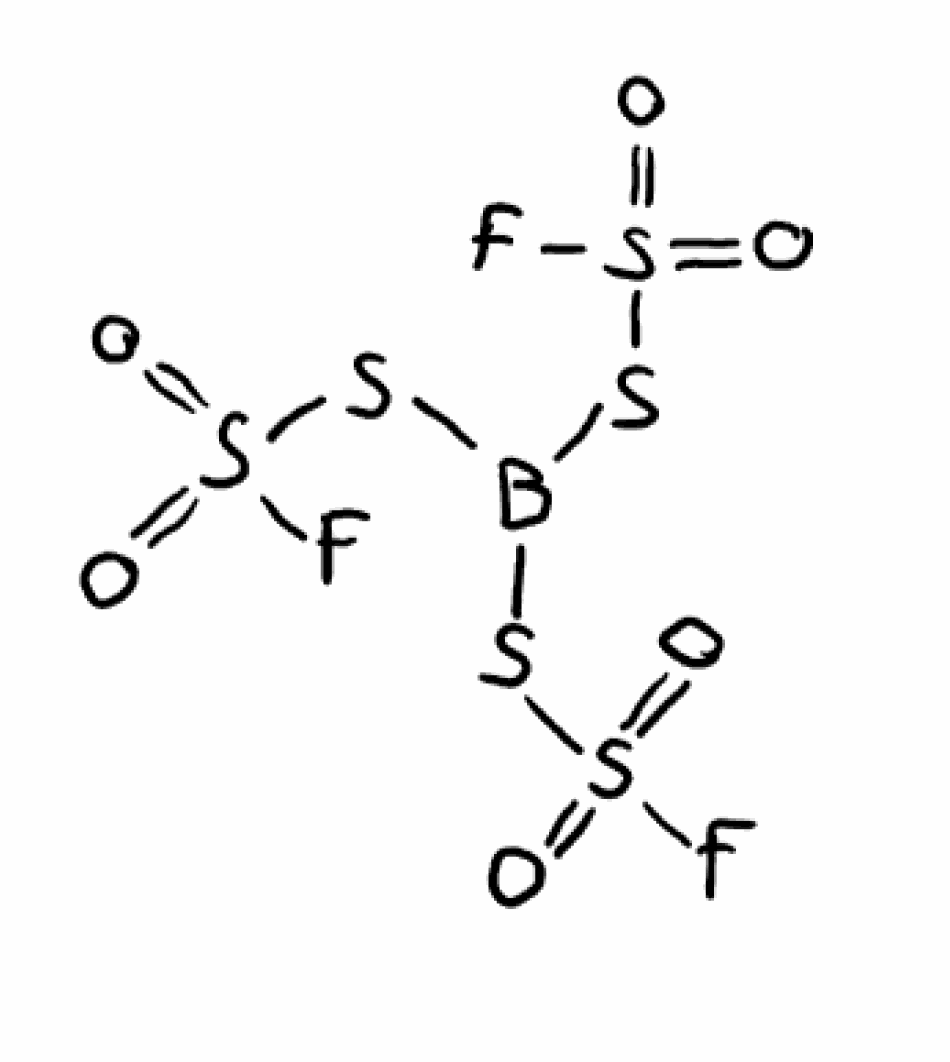
Simplified molecular-input line-entry system (SMILES) notation of the given molecule:
B(SS(=O)(=O)F)(SS(=O)(=O)F)SS(=O)(=O)F